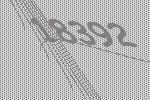
18392